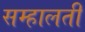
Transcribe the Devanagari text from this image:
सम्हालती